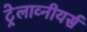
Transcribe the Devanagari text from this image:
ट्रेलाव्नीयर्स